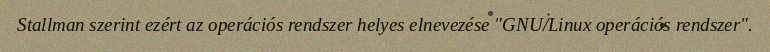
Stallman szerint ezért az operációs rendszer helyes elnevezése "GNU/Linux operációs rendszer".